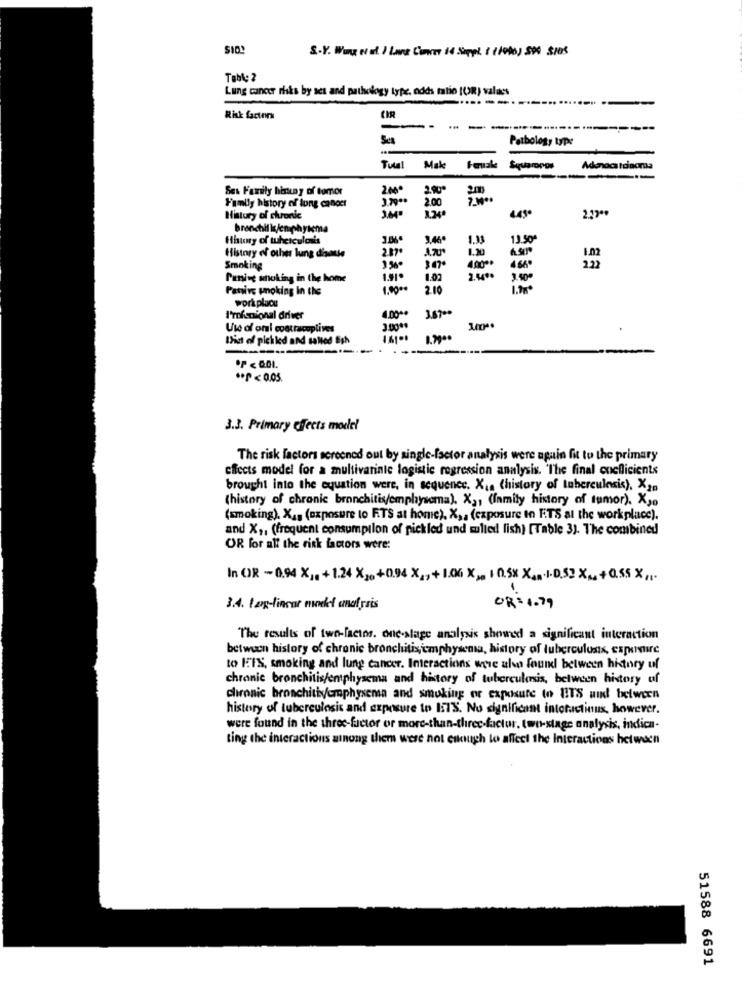
SIO
S.Y. Www Net ) Lare Comme 14 Sappl. : (1990) 590 SIOS
Table 2
Lung cancer risks by ses and pathology type. odds matin (OR) values
Risk factors
CIR
-
Sea
Pathology type
Tutal
Make
Squaropos
Adenocarcinoma
Ses Family hisuny of tomor
2.000
2.90º
Family history of lung cancer
2.00
History of chronic
branchil ijemphysema
Hhuny of tuberculosis
1.11
EE
1.20
History of other lung disante
Smoking
4.66
Pening moking in the home
1:02
2400
,50%
Panive unoking in the
1.0000
2.10
work place
3.67 **
I'mfienional driver
4.0000
Use of oni coattacoplives
list of pichlcd and salted Esh
*P<0
3.3. Primary effects model
The risk factors screened out by single-factor analysis were again fit to the primary
effects model for a multivarinte logistic regression analysis. The final coefficients
brought into the equation were, in sequence. X1a (history of tuberculosis), X3.
(history of chronic bronchitis/emphysema). X ,, (family history of tumor). X30
(smoking), X ,, (exposure to RTS at home), X ,. (exposure to FTS al the workplace).
and X ,, (frequent consumption of pickled und mulled lish) [Table 3). The combined
OR for all the risk factors were:
In OR -0.94 X ,. +1.24 X2.+0.94 X ,, + 1.06 X), 1 0.5X X ... 1.0.53 X .. +0.55 X ,..
-
3.4. 1 og-linear model analysis
OR = 1.79
The results of two-factos. one-slage analysis showed a significant interaction
between history of chronic bronchitisiemphysema, history of tuberculosis, exposure
to ITS, smoking and lung cancer. Interactions were also found between history uf
chronic bronchitis/emphysema and history of tuberculosis, between history uf
clironic bronchitiyemphysema and smoking or exposure to UTS und between
history of tuberculosis and exposure to IT'S. No significant intotactious, however.
were found in the three-factor or more-than-three-factor, two-stage analysis, indica-
ting the interactions among them were not enough to affect the Interactions between
51588 6691